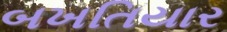
બખતિયાર